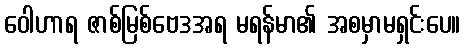
ဝေါဟာရ ဇာစ်မြစ်ဗေဒအရ မရန်မာ၏ အစမှာမရှင်းပေ။